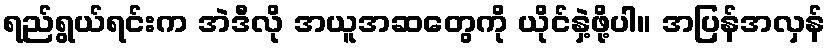
ရည်ရွယ်ရင်းက အဲဒီလို အယူအဆတွေကို ယိုင်နှဲ့ဖို့ပါ။ အပြန်အလှန်